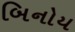
બિનોય